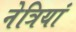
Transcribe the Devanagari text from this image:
नेत्रियां